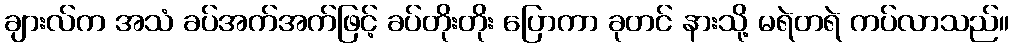
ချားလ်က အသံ ခပ်အက်အက်ဖြင့် ခပ်တိုးတိုး ပြောကာ ခုတင် နားသို့ မရဲတရဲ ကပ်လာသည်။